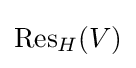
{\text{Res}}_{H}(V)